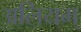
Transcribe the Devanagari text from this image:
अलियम्